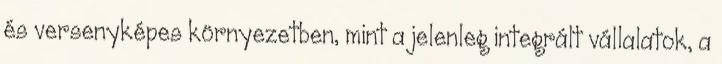
és versenyképes környezetben, mint a jelenleg integrált vállalatok, a